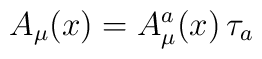
A_\mu (x)=A_\mu ^a(x)\,\tau _a